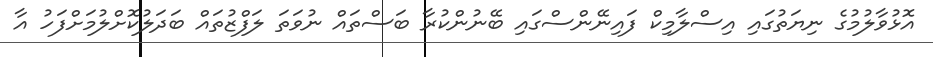
އޮޅުވާލުމުގެ ނިޔަތުގައި އިސްލާމިކް ފައިނޭންސްގައި ބޭނުންކުރާ ބަސްތައް ނުވަތަ ލަފްޒުތައް ބަދަލުކޮށްލުމަށްފަހު އާ